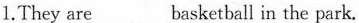
1.They are___basketball in the park.